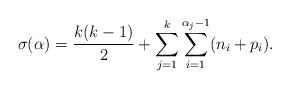
LaTeX: \begin{align*}\sigma(\alpha) = \dfrac{k(k - 1)}{2}+\sum_{j=1}^k \sum_{i=1}^{\alpha_j - 1} (n_i + p_i).\end{align*}